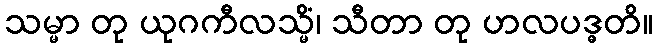
သမ္မာ တု ယုဂကီလသ္မိံ၊ သီတာ တု ဟလပဒ္ဓတိ။